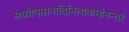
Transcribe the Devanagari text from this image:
संध्योपासनादिनित्यकर्मानन्तरं